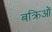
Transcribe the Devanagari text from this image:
बक्रिओं